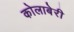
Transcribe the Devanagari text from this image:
कोलाबेरी